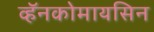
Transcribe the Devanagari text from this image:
व्हॅनकोमायसिन